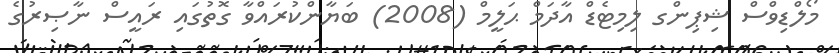
މޯލްޑިވްސް ޝިޕިންގ ލިމިޓެޑް އާދަމް ޙަލީމް (2008) ބަޔާންކުރައްވާ ގޮތުގައި ރައީސް ނާޞިރުގެ